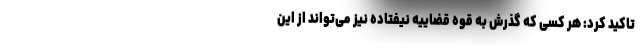
تاکید کرد: هر کسی که گذرش به قوه قضاییه نیفتاده نیز می‌تواند از این